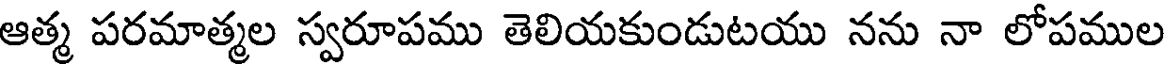
ఆత్మ పరమాత్మల స్వరూపము తెలియకుండుటయు నను నా లోపముల